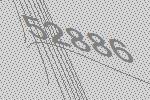
52886